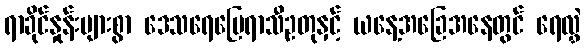
ရာခိုင်နှုန်းများစွာ ဒေသရေမြေရာသီဥတုနှင့် ယနေ့အခြေအနေတွင် ရေလွှဲ